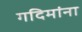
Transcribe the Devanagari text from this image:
गदिमांना